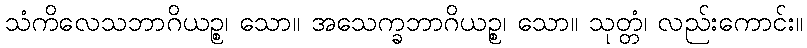
သံကိလေသဘာဂိယဉ္စ၊ သော။ အသေက္ခဘာဂိယဉ္စ၊ သော။ သုတ္တံ၊ လည်းကောင်း။